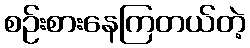
စဉ်းစားနေကြတယ်တဲ့